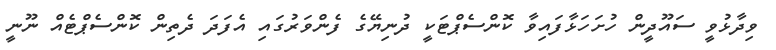
ވިދާޅުވީ ސައޫދީން ހުށަހަޅާފައިވާ ކޮންސެޕްޓަކީ ދުނިޔޭގެ ފެންވަރުގައި އެފަދަ ދެތިން ކޮންސެޕްޓެއް ނޫނީ